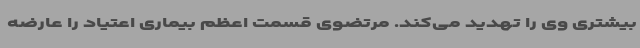
بیشتری وی را تهدید می‌کند. مرتضوی قسمت اعظم بیماری اعتیاد را عارضه